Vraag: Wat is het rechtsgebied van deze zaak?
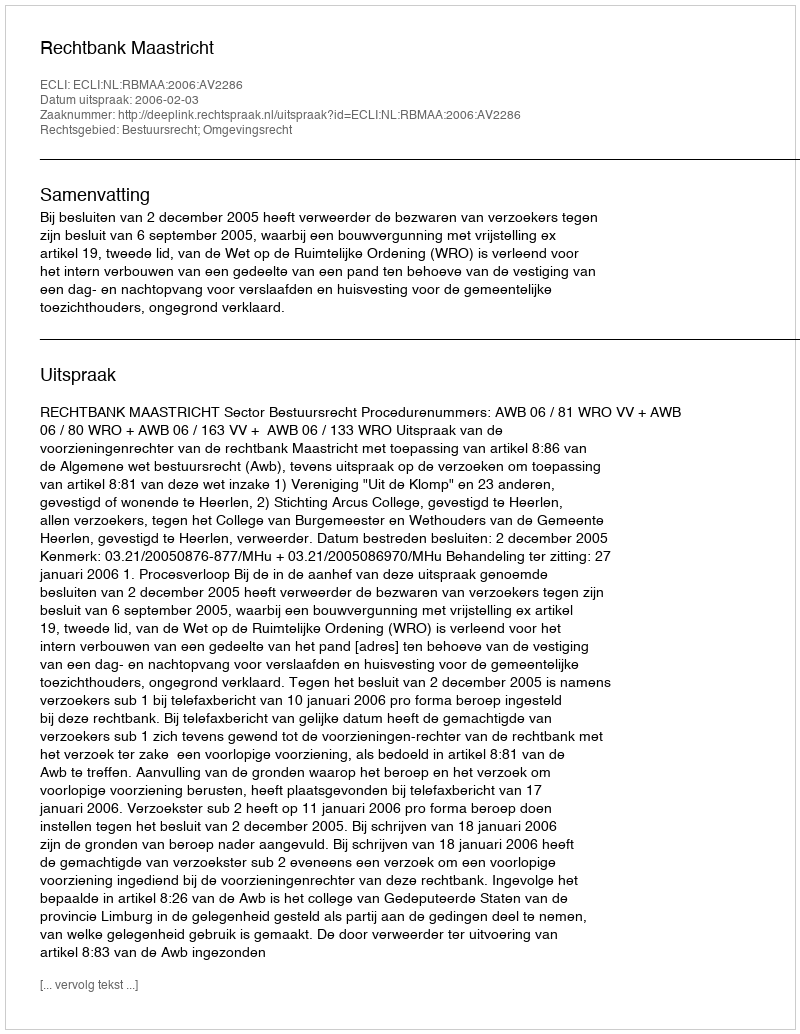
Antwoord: Bestuursrecht; Omgevingsrecht